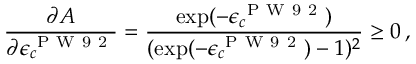
\frac { \partial A } { \partial \epsilon _ { c } ^ { \mathrm { ~ P ~ W ~ 9 ~ 2 ~ } } } = \frac { \exp ( - \epsilon _ { c } ^ { \mathrm { ~ P ~ W ~ 9 ~ 2 ~ } } ) } { ( \exp ( - \epsilon _ { c } ^ { \mathrm { ~ P ~ W ~ 9 ~ 2 ~ } } ) - 1 ) ^ { 2 } } \geq 0 \, ,